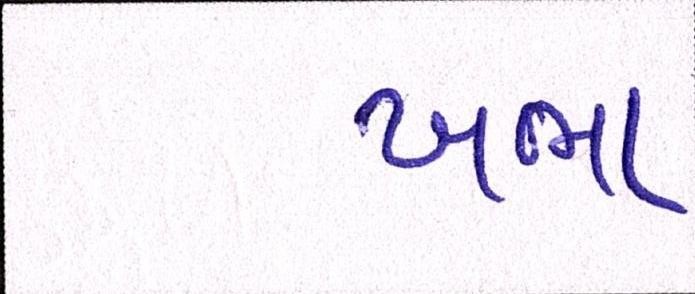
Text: ખભા